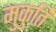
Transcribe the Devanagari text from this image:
मुकुर्ति